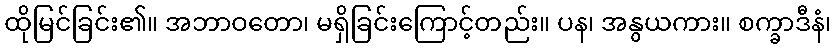
ထိုမြင်ခြင်း၏။ အဘာဝတော၊ မရှိခြင်းကြောင့်တည်း။ ပန၊ အနွယကား။ စက္ခာဒီနံ၊